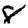
Digit: 8